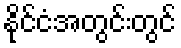
နိုင်ငံအတွင်းတွင်